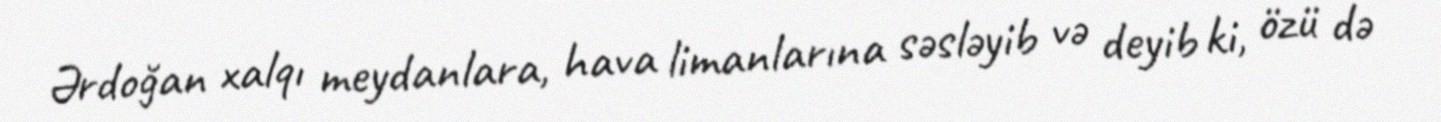
Ərdoğan xalqı meydanlara, hava limanlarına səsləyib və deyib ki, özü də